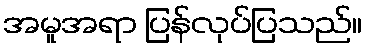
အမူအရာ ပြန်လုပ်ပြသည်။